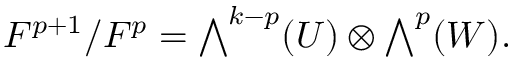
F ^ { p + 1 } / F ^ { p } = { \textstyle \bigwedge } ^ { k - p } ( U ) \otimes { \textstyle \bigwedge } ^ { p } ( W ) .